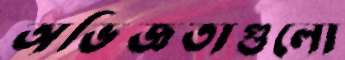
অভিজ্ঞতাগুলো